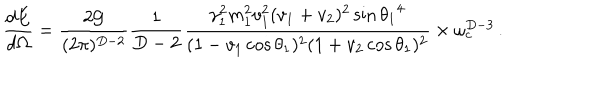
\frac { d E } { d \Omega } = \frac { 2 { \cal G } } { ( 2 \pi ) ^ { D - 2 } } \frac { 1 } { D - 2 } \frac { \gamma _ { 1 } ^ { 2 } m _ { 1 } ^ { 2 } v _ { 1 } ^ { 2 } ( v _ { 1 } + v _ { 2 } ) ^ { 2 } \sin { \theta _ { 1 } } ^ { 4 } } { ( 1 - v _ { 1 } \cos \theta _ { 1 } ) ^ { 2 } ( 1 + v _ { 2 } \cos \theta _ { 1 } ) ^ { 2 } } \times \omega _ { c } ^ { D - 3 } \, .